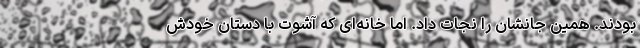
بودند. همین جانشان را نجات داد. اما خانه‌ای که آشوت با دستان خودش